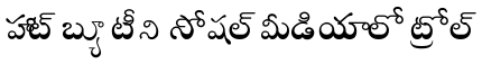
హాట్ బ్యూటీని సోషల్ మీడియాలో ట్రోల్